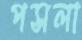
পসলা